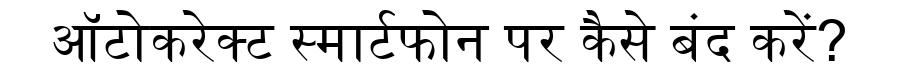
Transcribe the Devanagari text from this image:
ऑटोकरेक्ट स्मार्टफोन पर कैसे बंद करें?